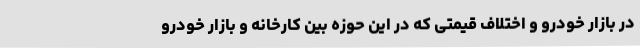
در بازار خودرو و اختلاف قیمتی که در این حوزه بین کارخانه و بازار خودرو